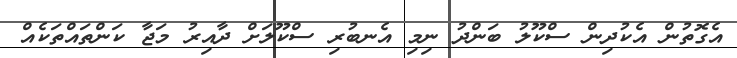
އެގޮތުން އެކުދިން ސްކޫލު ބަންދު ނިމި އެނބުރި ސްކޫލަށް ދާއިރު މަޖާ ކަންތައްތަކެއް